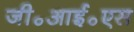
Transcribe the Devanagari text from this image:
जी॰आई॰एस